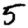
Digit: 5